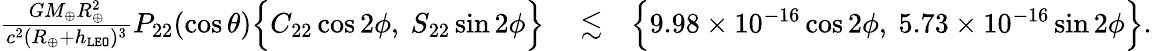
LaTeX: \begin{array}{rlr}{\frac{GM_{\oplus}R_{\oplus}^{2}}{c^{2}(R_{\oplus}+h_{\tt LEO})^{3}}P_{22}(\cos\theta)\Big\{ C_{22}\cos 2\phi,~S_{22}\sin 2\phi\Big\} }&{{}\lesssim}&{\Big\{ 9.98\times 10^{-16}\cos 2\phi,~5.73\times 10^{-16}\sin 2\phi\Big\} .}\end{array}